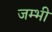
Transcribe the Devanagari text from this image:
जम्भी